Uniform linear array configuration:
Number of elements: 64
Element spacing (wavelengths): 0.5
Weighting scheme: binomial
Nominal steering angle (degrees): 15
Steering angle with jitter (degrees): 14.664
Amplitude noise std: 0.05
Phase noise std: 0.05

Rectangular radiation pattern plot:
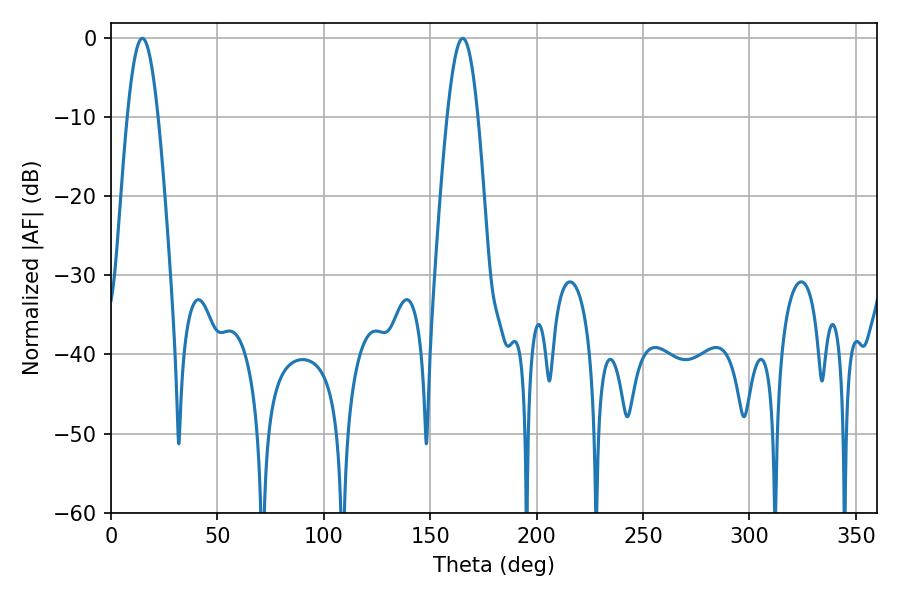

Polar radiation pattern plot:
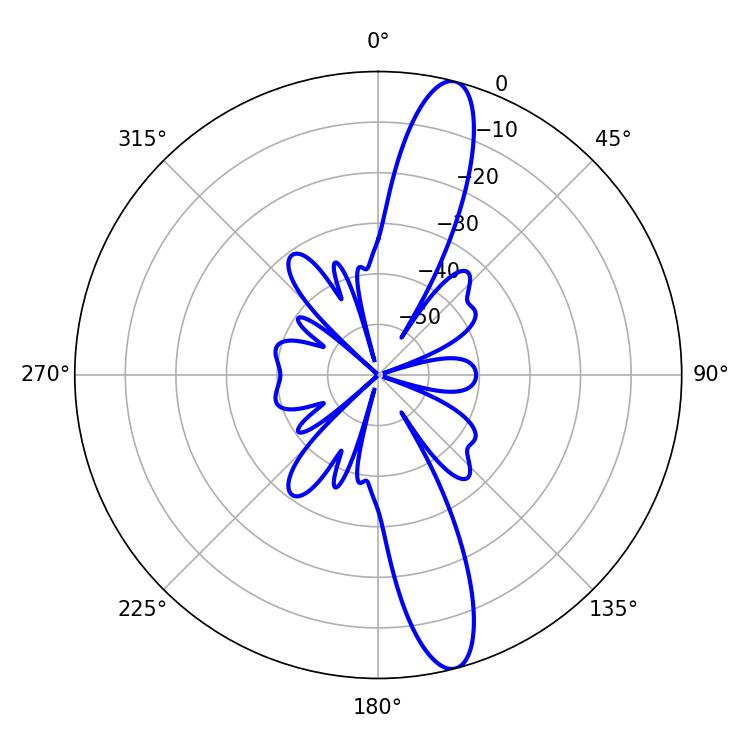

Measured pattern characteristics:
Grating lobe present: FALSE
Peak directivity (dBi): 14.227
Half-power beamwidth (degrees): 7.92
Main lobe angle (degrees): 14.76